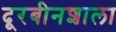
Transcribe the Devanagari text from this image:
दूरबीनशाला